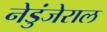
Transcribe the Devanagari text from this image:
नेडुंजेराल